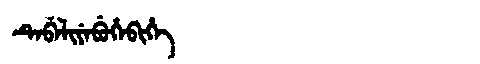
Manchu: ᡨᡝᠪᡝᠯᡳᠶᡝᠪᡠᡥᡝᠪᡳᡥᡝ
Romanization: TEBELIYEBUHEBIHE